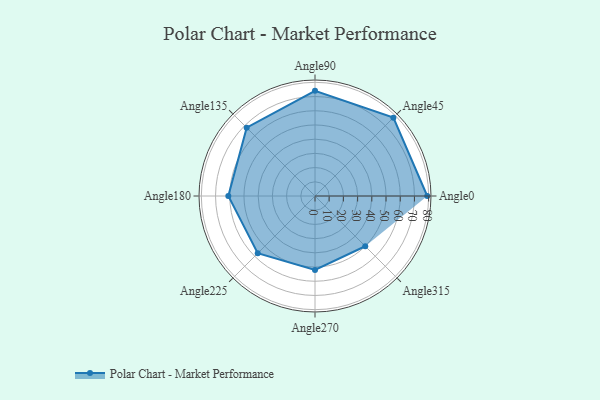
{"axis": {"x": "Angle", "y": "Radius"}, "legend": [""], "data": [{"x": "Angle0", "y": 79.0, "type": ""}, {"x": "Angle45", "y": 78.0, "type": ""}, {"x": "Angle90", "y": 74.0, "type": ""}, {"x": "Angle135", "y": 68.0, "type": ""}, {"x": "Angle180", "y": 61.0, "type": ""}, {"x": "Angle225", "y": 57.0, "type": ""}, {"x": "Angle270", "y": 52.0, "type": ""}, {"x": "Angle315", "y": 50, "type": ""}]}